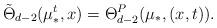
LaTeX: \begin{align*}\tilde{\Theta}_{d-2}(\mu_{*}^{t},x)= \Theta_{d-2}^{P}(\mu_{*},(x,t)).\end{align*}